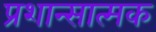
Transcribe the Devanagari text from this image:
प्रशान्सात्मक